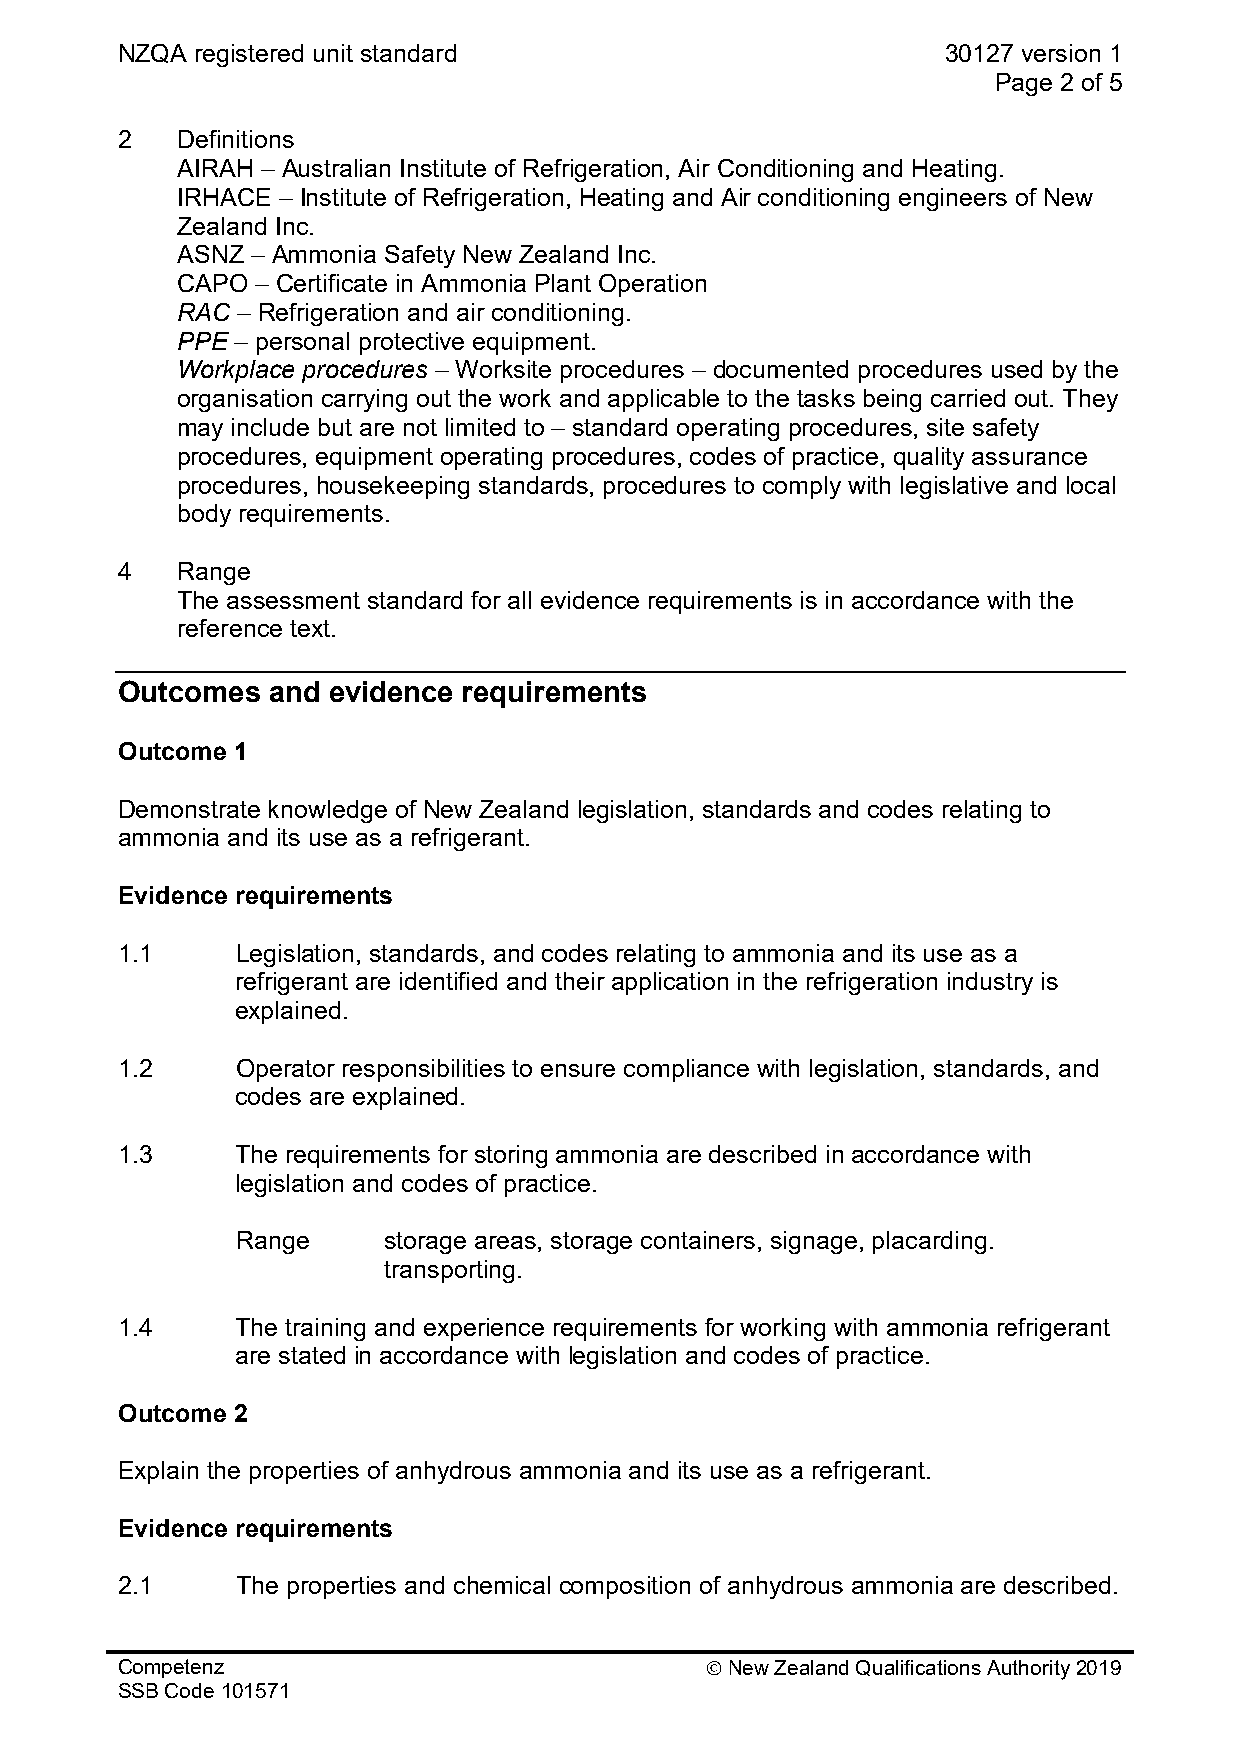
NZQA registered unit standard                         30127 version 1
 Page 2 of 5
 2   Definitions
 AIRAH – Australian Institute of Refrigeration, Air Conditioning and Heating.
 IRHACE – Institute of Refrigeration, Heating and Air conditioning engineers of New
 Zealand Inc.
 ASNZ – Ammonia Safety New Zealand Inc.
 CAPO – Certificate in Ammonia Plant Operation
 RAC – Refrigeration and air conditioning.
 PPE – personal protective equipment.
 Workplace procedures – Worksite procedures – documented procedures used by the
 organisation carrying out the work and applicable to the tasks being carried out. They
 may include but are not limited to – standard operating procedures, site safety
 procedures, equipment operating procedures, codes of practice, quality assurance
 procedures, housekeeping standards, procedures to comply with legislative and local
 body requirements.
 4   Range
 The assessment standard for all evidence requirements is in accordance with the
 reference text.
 Outcomes  and evidence requirements
 Outcome 1
 Demonstrate knowledge of New Zealand legislation, standards and codes relating to
 ammonia and its use as a refrigerant.
 Evidence requirements
 1.1     Legislation, standards, and codes relating to ammonia and its use as a
 refrigerant are identified and their application in the refrigeration industry is
 explained.
 1.2     Operator responsibilities to ensure compliance with legislation, standards, and
 codes are explained.
 1.3     The requirements for storing ammonia are described in accordance with
 legislation and codes of practice.
 Range    storage areas, storage containers, signage, placarding.
 transporting.
 1.4     The training and experience requirements for working with ammonia refrigerant
 are stated in accordance with legislation and codes of practice.
 Outcome 2
 Explain the properties of anhydrous ammonia and its use as a refrigerant.
 Evidence requirements
 2.1     The properties and chemical composition of anhydrous ammonia are described.
 Competenz                               New Zealand Qualifications Authority 2019
 SSB Code 101571